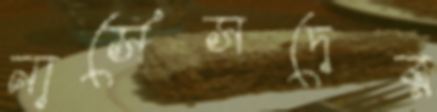
নার্সেসদের